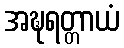
အဍ္ဎရတ္တာယံ